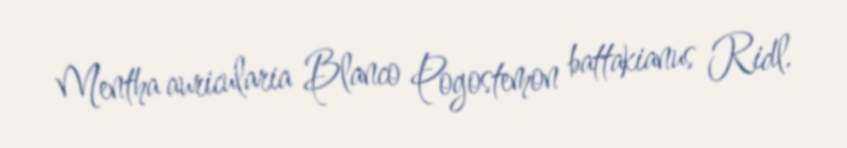
Mentha auricularia Blanco Pogostemon battakianus Ridl.